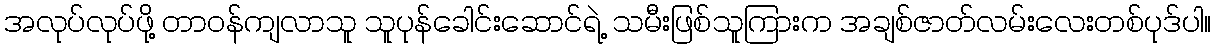
အလုပ်လုပ်ဖို့ တာဝန်ကျလာသူ သူပုန်ခေါင်းဆောင်ရဲ့ သမီးဖြစ်သူကြားက အချစ်ဇာတ်လမ်းလေးတစ်ပုဒ်ပါ။